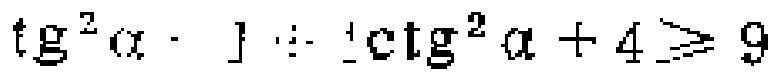
\(\text{tg}^{2}\alpha\cdot 1\div 1\text{ctg}^{2}\alpha + 4\geqslant 9\)